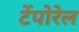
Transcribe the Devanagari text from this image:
टेंपोरेल